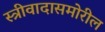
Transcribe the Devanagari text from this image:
स्त्रीवादासमोरील